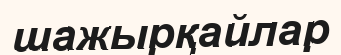
шажырқайлар